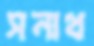
সনাথ